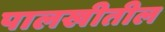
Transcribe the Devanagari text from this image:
पालखीतील